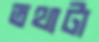
তথ্যটা